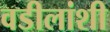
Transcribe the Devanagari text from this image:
वडीलांशी